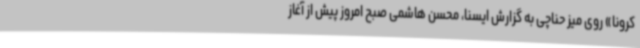
کرونا» روی میز حناچی به گزارش ایسنا، محسن هاشمی صبح امروز پیش از آغاز